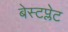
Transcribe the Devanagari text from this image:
बेस्टप्लेट